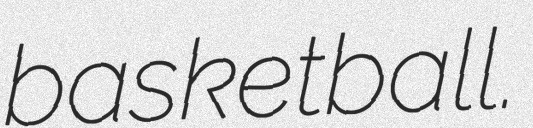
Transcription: basketball.